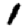
Digit: 1